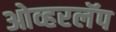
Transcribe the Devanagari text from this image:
ओव्हरलॅप